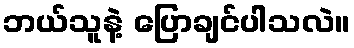
ဘယ်သူနဲ့ ပြောချင်ပါသလဲ။